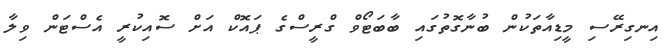
އިނގިރޭސި މީޑިއާތަކުން ބުނާގޮތުގައި ބާބަޓޯވް ގްރީސްގެ ޕައޮކް އަށް ސޮއިކުރީ އެސްޓަން ވިލާ